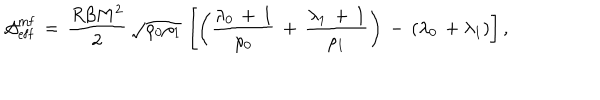
{ \cal A } _ { \mathrm { e f f } } ^ { \mathrm { m f } } \, = \, \frac { R \beta M ^ { 2 } } { 2 } \, \sqrt { \rho _ { 0 } \rho _ { 1 } } \, \left[ \left( \frac { \lambda _ { 0 } \, + \, 1 } { \rho _ { 0 } } \, + \, \frac { \lambda _ { 1 } \, + \, 1 } { \rho _ { 1 } } \right) \, - \, \left( \lambda _ { 0 } \, + \lambda _ { 1 } \right) \right] ,